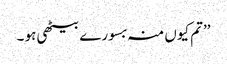
’’تم کیوں منہ بسورے بیٹھی ہو ۔